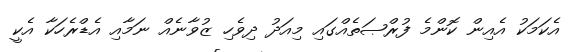
އެކަމަކު އެއިން ކޮންމެ ފުރްޞަތެއްގައި މިއަދު ދިވެހި ޒުވާނެއް ނަމާއި އެޑްރެހަކާ އެކީ